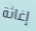
إغاثة